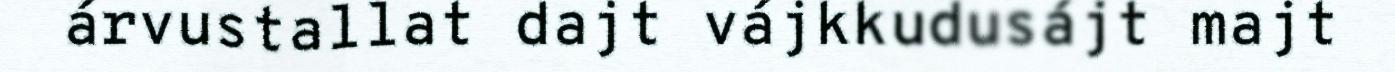
árvustallat dajt vájkkudusájt majt